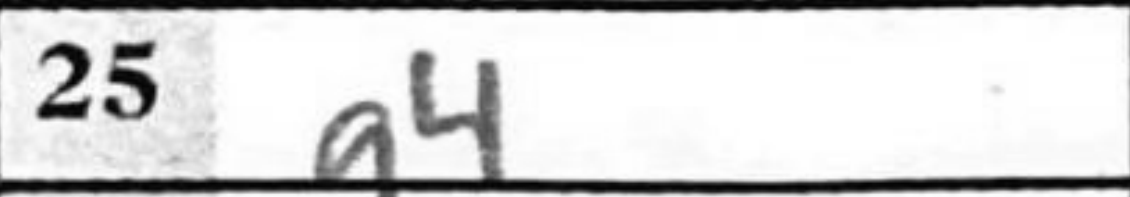
Transcription: g4